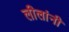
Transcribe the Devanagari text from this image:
लीलांनी